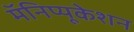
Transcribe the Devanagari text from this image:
मॅनिप्यूकेशन